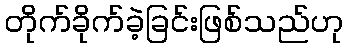
တိုက်ခိုက်ခဲ့ခြင်းဖြစ်သည်ဟု